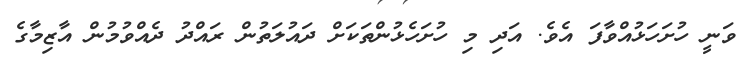
ވަނީ ހުށަހަޅުއްވާފަ އެވެ. އަދި މި ހުށަހެޅުންތަކަށް ދައުލަތުން ރައްދު ދެއްވުމުން އާޒިމާގެ